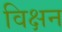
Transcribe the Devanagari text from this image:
विक्षन